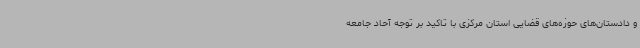
و دادستان‌های حوزه‌های قضایی استان مرکزی با تاکید بر توجه آحاد جامعه